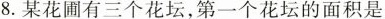
8. 某花圃有三个花坛，第一个花坛的面积是